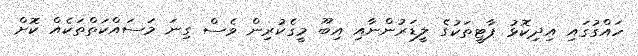
ހައްގުގައި އިދިކޮޅު ޕާޓީތަކުގެ ލީޑަރުންނާއި އިބޫ މީގެކުރިން ވެސް ގިނަ މަސައްކަތްތަކެއް ކޮށް